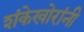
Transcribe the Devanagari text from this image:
शंकेखोरांनी